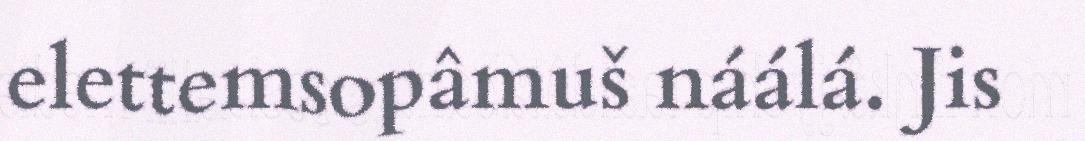
elettemsopâmuš náálá. Jis